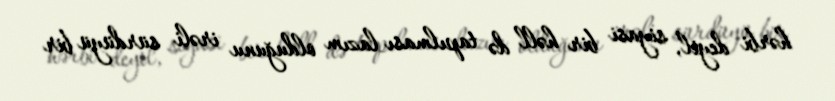
hərbi deyil, siyasi bir həll də tapılması lazım olduğunu irəli sürdüyü bir